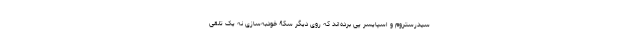
سیدرستروم و اسپایسر پی برده‌اند که روی دیگر سکۀ خودبه‌سازی نه یک تلقی